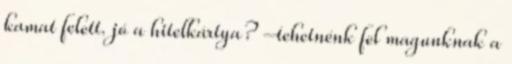
kamat felett. jó a hitelkártya? –tehetnénk fel magunknak a